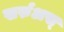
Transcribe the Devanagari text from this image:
खर्रुअस्